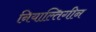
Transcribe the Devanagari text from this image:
नियाल्तिगीन